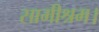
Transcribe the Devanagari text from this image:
सामीश्रम।